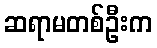
ဆရာမတစ်ဦးက